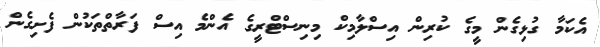
އެކަމާ ގުޅިގެން މީގެ ކުރިން އިސްލާމިކް މިނިސްޓްރީގެ އެންމެ އިސް ފަރާތްތަކުން ފެށިގެން